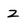
Character: Z